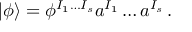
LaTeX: | \phi \rangle = \phi ^ { I _ { 1 } \ldots I _ { s } } a ^ { I _ { 1 } } \ldots a ^ { I _ { s } } \, .